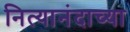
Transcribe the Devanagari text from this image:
नित्यानंदाच्या